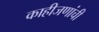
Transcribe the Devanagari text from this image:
काहीजणांची